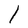
Character: l